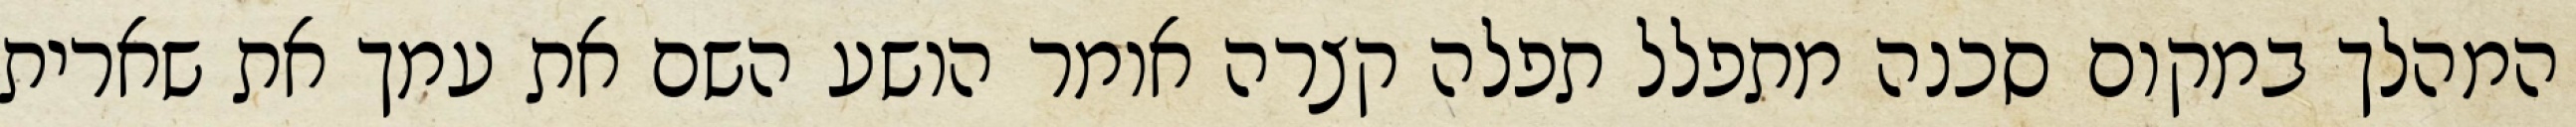
המהלך במקום סכנה מתפלל תפלה קצרה אומר הושע השם את עמך את שארית